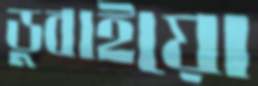
ডুবাইয়ো